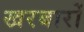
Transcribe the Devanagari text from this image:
खरबारों